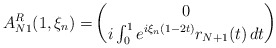
\begin{align*}A_{N1}^R(1,\xi_n)=& \begin{pmatrix}0 \\ i\int_0^1e^{i\xi_n(1-2t)}r_{N+1}(t)\,dt\end{pmatrix}\end{align*}